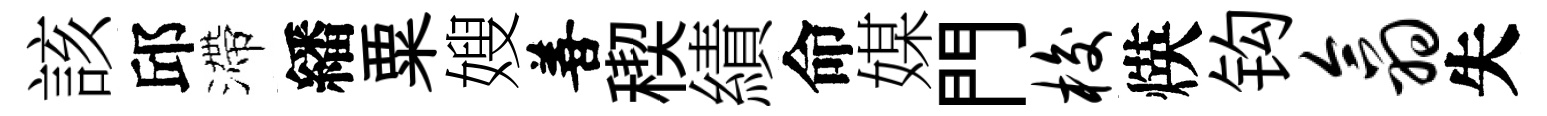
該邱滯繙粟嫂善稧績命媒門梭煐钩翕失